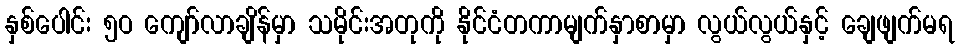
နှစ်ပေါင်း ၅ဝ ကျော်လာချိန်မှာ သမိုင်းအတုကို နိုင်ငံတကာမျက်နှာစာမှာ လွယ်လွယ်နှင့် ချေဖျက်မရ